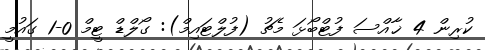
ކުރިން 4 ޚާއްސަ ފުޓްބޯޅަ މެޗު (ފުލްޓައިމް): ގޯލްޑް ޓީމް 0-1 ގައުމީ